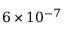
6 \times 1 0 ^ { - 7 }